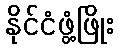
နိုင်ငံဖွံ့ဖြိုး